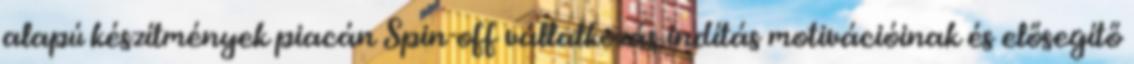
alapú készítmények piacán Spin-off vállalkozás indítás motivációinak és elősegítő